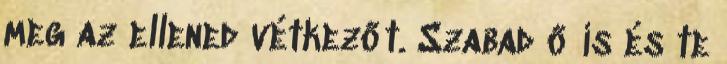
meg az ellened vétkezőt. Szabad ő is és te